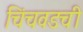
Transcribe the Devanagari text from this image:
चिंचवडची